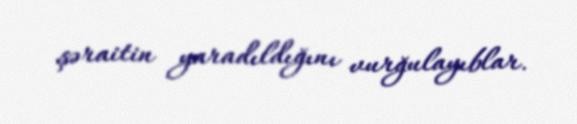
şəraitin yaradıldığını vurğulayıblar.